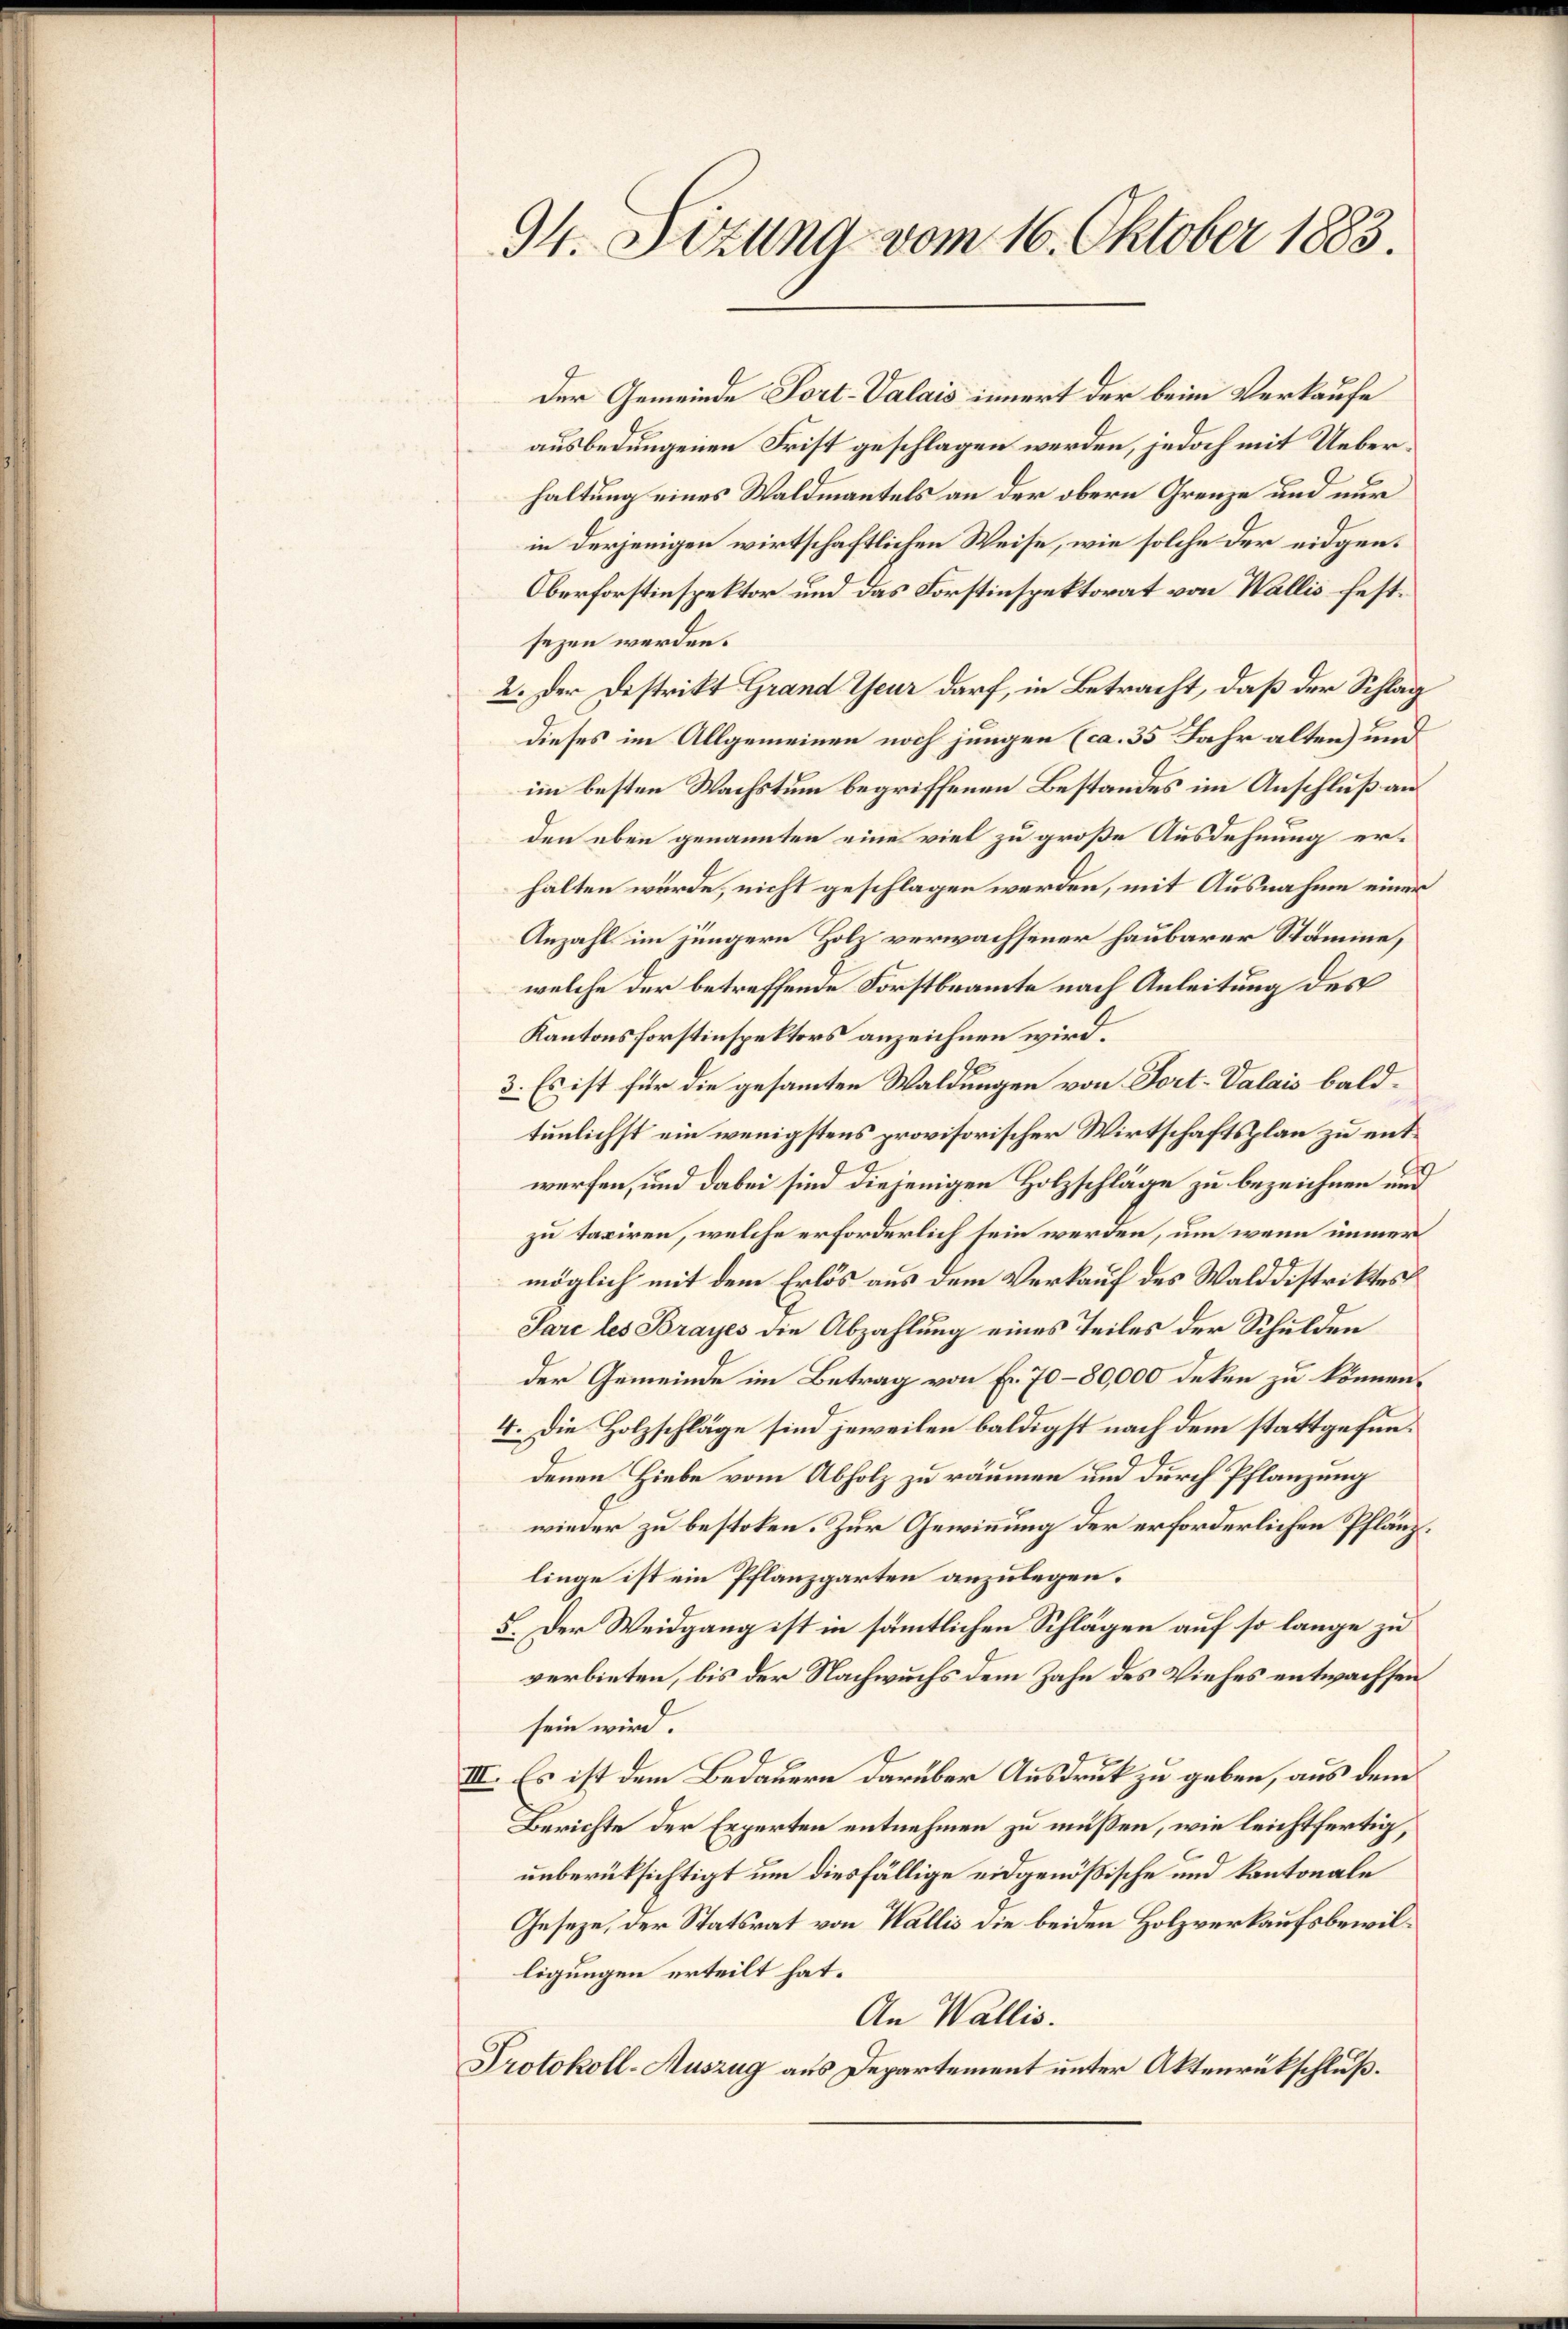
94. Sizung vom 16. Oktober 1883.

Der Gemeinde Fort-Valais innert der beim Verkaufe
ausbedungenen Frist geschlagen werden, jedoch mit Ueberhaltung eines Waldmantels an der obern Grenze und nur
in derjenigen wirtschaftlichen Weise, wie solche der eidgen¬
Oberforstinspektor und das Forstinspektorat von Wallis festsezen werden.
2. Der Distrikt Grand Theur darf, in Betracht, daß der Schlag
dieses im Allgemeinen noch jungen (ca. 35 Jahr alten) und
im besten Wachstum begriffenen Bestandes im Anschluß an
den eben genannten eine viel zu große Ausdehnung erhalten würde, nicht geschlagen werden, mit Ausnahme einer
Anzahl im jüngern Holz verwachsener haubarer Stämme,
welche der betreffende Forstbeamte nach Anleitung des
Kantonsforstinspektors anzeichnen wird.
3. Es ist für die gesammten Waldungen von Fort- Valais baldtunlichst ein wenigstens provisorischer Wirtschaftsplan zu entwerfen, und dabei sind diejenigen Holzschläge zu bezeichnen und
zu taxiren, welche erforderlich sein werden, um wenn immer
möglich mit dem Erlös aus dem Verkauf des Walddistriktes
Sare les Brayes die Abzahlung eines Teiles der Schulden
der Gemeinde im Betrag von Fr. 70–80,000 deken zu können.
4. Die Holzschläge sind jeweilen baldigst nach dem stattgefundenen Hiebe vom Abholz zu räumen und durch Pflanzung
wieder zu bestolen. Zur Gewinnung der erforderlichen Pflänzlinge ist ein Pflanzgarten anzulegen.
5. Der Weidgang ist in sämmtlichen Schlägen auf so lange zu
verbieten, bis der Nachwuchs dem Zahn des Viehes entwachsen
sein wird.
III. Es ist dem Bedauern darüber Ausdruck zu geben, aus dem
Berichte der Erperten entnehmen zu müßen, wie leichtfertig,
unberüksichtigt um diesfällige eidgenößische und kantonale
Geseze, der Statsrat von Wallis die beiden Holzverkaufsbewilligungen erteilt hat.
An Wallis.
Protokoll-Auszug aus Departement unter Aktenrückschluß.